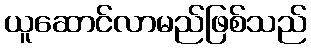
ယူဆောင်လာမည်ဖြစ်သည်